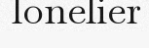
lonelier